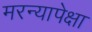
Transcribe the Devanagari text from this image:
मरन्यापेक्षा